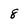
Character: 8